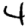
Digit: 4